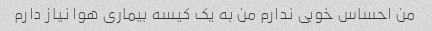
من احساس خوبی ندارم من به یک کیسه بیماری هوا نیاز دارم